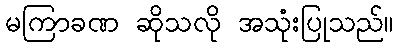
မကြာခဏ ဆိုသလို အသုံးပြုသည်။